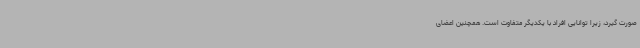
صورت گیرد، زیرا توانایی افراد با یکدیگر متفاوت است. همچنین اعضای